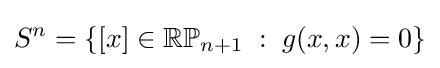
S^{n}=\{[x]\in \mathbb {RP} _{n+1}\;:\;g(x,x)=0\}